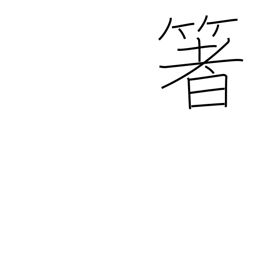
Meaning: chopsticks